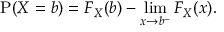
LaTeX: \operatorname { P } ( X = b ) = F _ { X } ( b ) - \operatorname* { l i m } _ { x \to b ^ { - } } F _ { X } ( x ) .